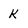
Character: k